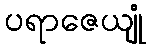
ပရာဇေယျုံ